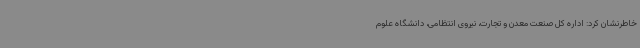
خاطرنشان کرد: اداره کل صنعت معدن و تجارت، نیروی انتظامی، دانشگاه علوم